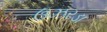
ઉઝરડા